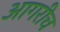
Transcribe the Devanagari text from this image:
आगरीच